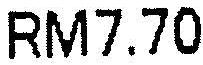
RM7.70